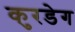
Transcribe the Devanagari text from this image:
कुरडेग